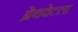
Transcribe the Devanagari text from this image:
ब्रेथवेटला